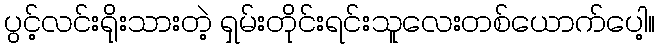
ပွင့်လင်းရိုးသားတဲ့ ရှမ်းတိုင်းရင်းသူလေးတစ်ယောက်ပေါ့။